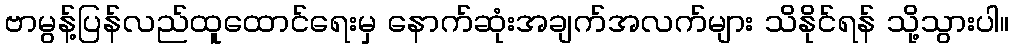
ဗာမွန့်ပြန်လည်ထူထောင်ရေးမှ နောက်ဆုံးအချက်အလက်များ သိနိုင်ရန် သို့သွားပါ။